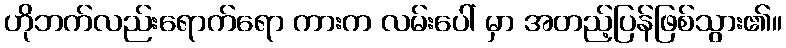
ဟိုဘက်လည်းရောက်ရော ကားက လမ်းပေါ် မှာ အတည့်ပြန်ဖြစ်သွား၏။